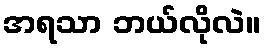
အရသာ ဘယ်လိုလဲ။